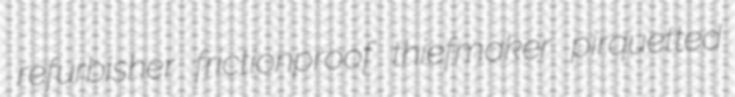
refurbisher frictionproof thiefmaker pirquetted